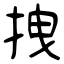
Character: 拽